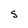
Character: S